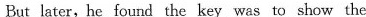
But later, he found the key was to show the